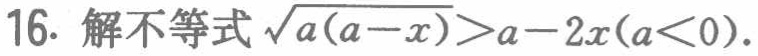
16. 解不等式\(\sqrt{a(a - x)}>a - 2x(a<0)\).